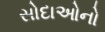
સોદાઓનો